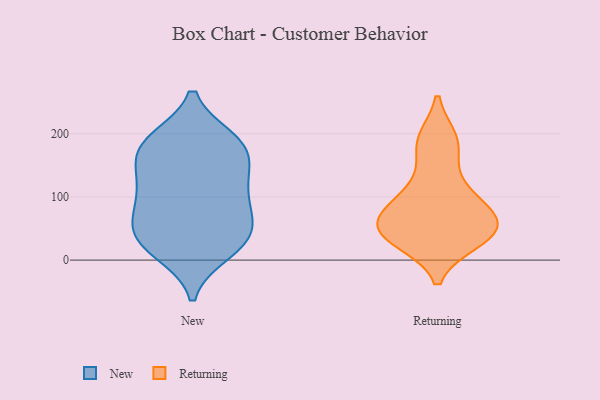
{"axis": {"x": "Waste Production (Tons)", "y": "Value"}, "legend": ["New", "Returning"], "data": [{"x": "", "y": 179, "type": "New"}, {"x": "", "y": 89, "type": "New"}, {"x": "", "y": 28, "type": "New"}, {"x": "", "y": 136, "type": "New"}, {"x": "", "y": 38, "type": "New"}, {"x": "", "y": 21, "type": "New"}, {"x": "", "y": 13, "type": "New"}, {"x": "", "y": 183, "type": "New"}, {"x": "", "y": 133, "type": "New"}, {"x": "", "y": 190, "type": "New"}, {"x": "", "y": 189, "type": "New"}, {"x": "", "y": 170, "type": "New"}, {"x": "", "y": 42, "type": "New"}, {"x": "", "y": 60, "type": "New"}, {"x": "", "y": 95, "type": "New"}, {"x": "", "y": 125, "type": "New"}, {"x": "", "y": 75, "type": "New"}, {"x": "", "y": 44, "type": "Returning"}, {"x": "", "y": 92, "type": "Returning"}, {"x": "", "y": 182, "type": "Returning"}, {"x": "", "y": 54, "type": "Returning"}, {"x": "", "y": 78, "type": "Returning"}, {"x": "", "y": 115, "type": "Returning"}, {"x": "", "y": 189, "type": "Returning"}, {"x": "", "y": 43, "type": "Returning"}, {"x": "", "y": 51, "type": "Returning"}, {"x": "", "y": 32, "type": "Returning"}]}